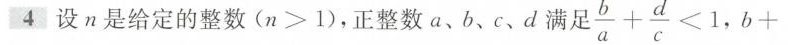
4设n是给定的整数$$( n > 1 )$$，正整数a、b、c、d满足$$\frac { b } { a } + \frac { d } { c } < 1$$，$$b +